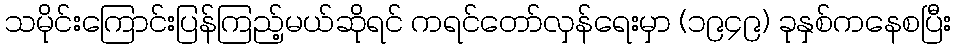
သမိုင်းကြောင်းပြန်ကြည့်မယ်ဆိုရင် ကရင်တော်လှန်ရေးမှာ (၁၉၄၉) ခုနှစ်ကနေစပြီး